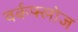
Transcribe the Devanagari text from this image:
वर्कफ्लोज